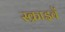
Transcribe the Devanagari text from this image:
स्क्राइवें